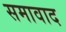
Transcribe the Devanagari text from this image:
समावाद